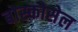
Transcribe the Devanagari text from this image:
बोस्कोसेल